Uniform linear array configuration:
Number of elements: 32
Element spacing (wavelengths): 1
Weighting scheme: cosine
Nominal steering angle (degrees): -15
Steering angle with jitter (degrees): -14.968
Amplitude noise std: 0.05
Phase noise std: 0.05

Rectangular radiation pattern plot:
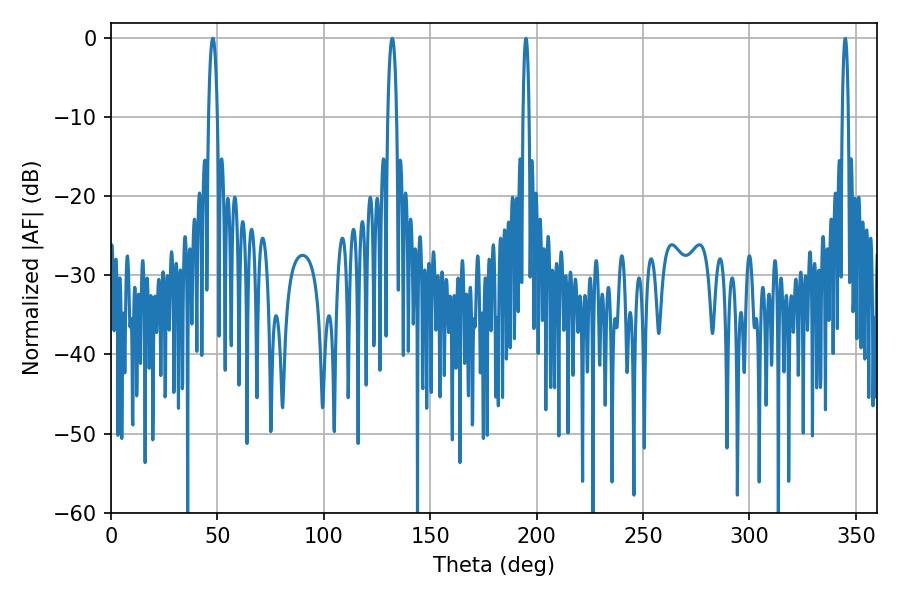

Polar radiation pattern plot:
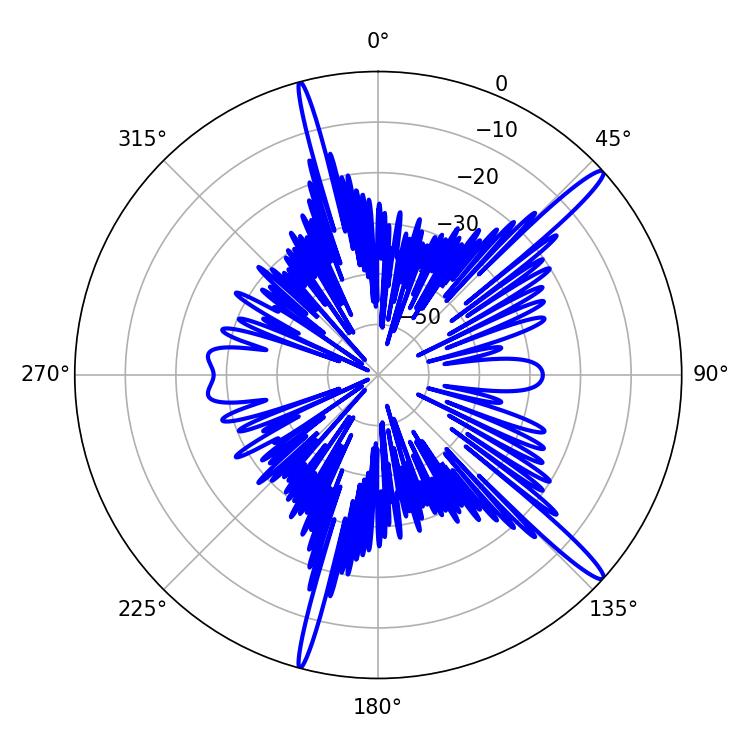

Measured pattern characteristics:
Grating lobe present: TRUE
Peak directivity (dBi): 15.843
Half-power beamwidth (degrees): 2.16
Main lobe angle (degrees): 47.88